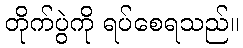
တိုက်ပွဲကို ရပ်စေရသည်။